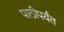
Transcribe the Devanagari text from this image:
पाठीपर्यंत